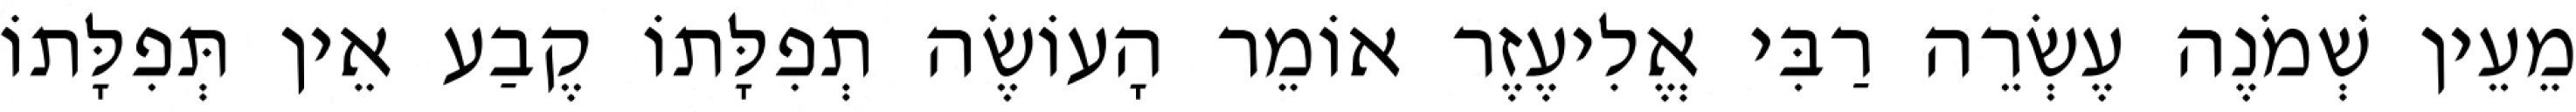
מֵעֵין שְׁמֹנֶה עֶשְׂרֵה רַבִּי אֱלִיעֶזֶר אוֹמֵר הָעוֹשֶׂה תְפִלָּתוֹ קֶבַע אֵין תְּפִלָּתוֹ